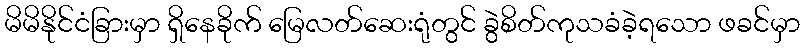
မိမိနိုင်ငံခြားမှာ ရှိနေခိုက် မြေလတ်ဆေးရုံတွင် ခွဲစိတ်ကုသခံခဲ့ရသော ဖခင်မှာ